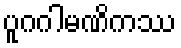
ပူဂဂါမဏိကဿ